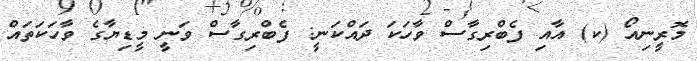
މޮރީނިއޯ (ކ) އާއި ފެބްރިގާސް ވާހަކަ ދައްކަނީ: ފެބްރިގާސް ވަނީ މީޑިޔާގެ ވާހަކަތައް